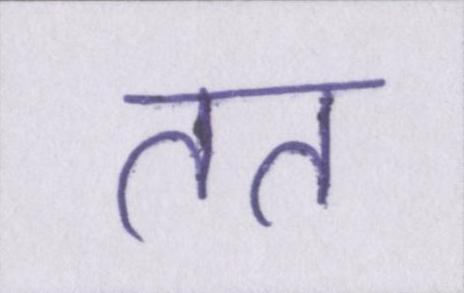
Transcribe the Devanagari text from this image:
तत